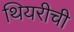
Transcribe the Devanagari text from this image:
थियरीची